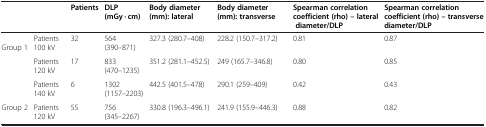
|  |  | Patients | DLP (mGy · cm) | Body diameter (mm): lateral | Body diameter (mm): transverse | Spearman correlation coefficient (rho) – lateral diameter/DLP | Spearman correlation coefficient (rho) – transverse diameter/DLP |
 | --- | --- | --- | --- | --- | --- | --- | --- |
 | <ROWSPAN=3> Group 1 | Patients 100 kV | 32 | 564 (390–871) | 327.3 (280.7–408) | 228.2 (150.7–317.2) | 0.81 | 0.87 |
 | Patients 120 kV | 17 | 833 (470–1235) | 351.2 (281.1–452.5) | 249 (165.7–346.8) | 0.80 | 0.85 |
 | Patients 140 kV | 6 | 1302 (1157–2203) | 442.5 (401.5–478) | 290.1 (259–409) | 0.42 | 0.43 |
 | Group 2 | Patients 120 kV | 55 | 756 (345–2267) | 330.8 (196.3–496.1) | 241.9 (155.9–446.3) | 0.88 | 0.82 |